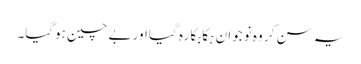
یہ سن کر وہ نوجوان ہکا بکا رہ گیا اور بے چین ہوگیا۔